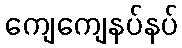
ကျေကျေနပ်နပ်